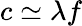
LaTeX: c\simeq\lambda f